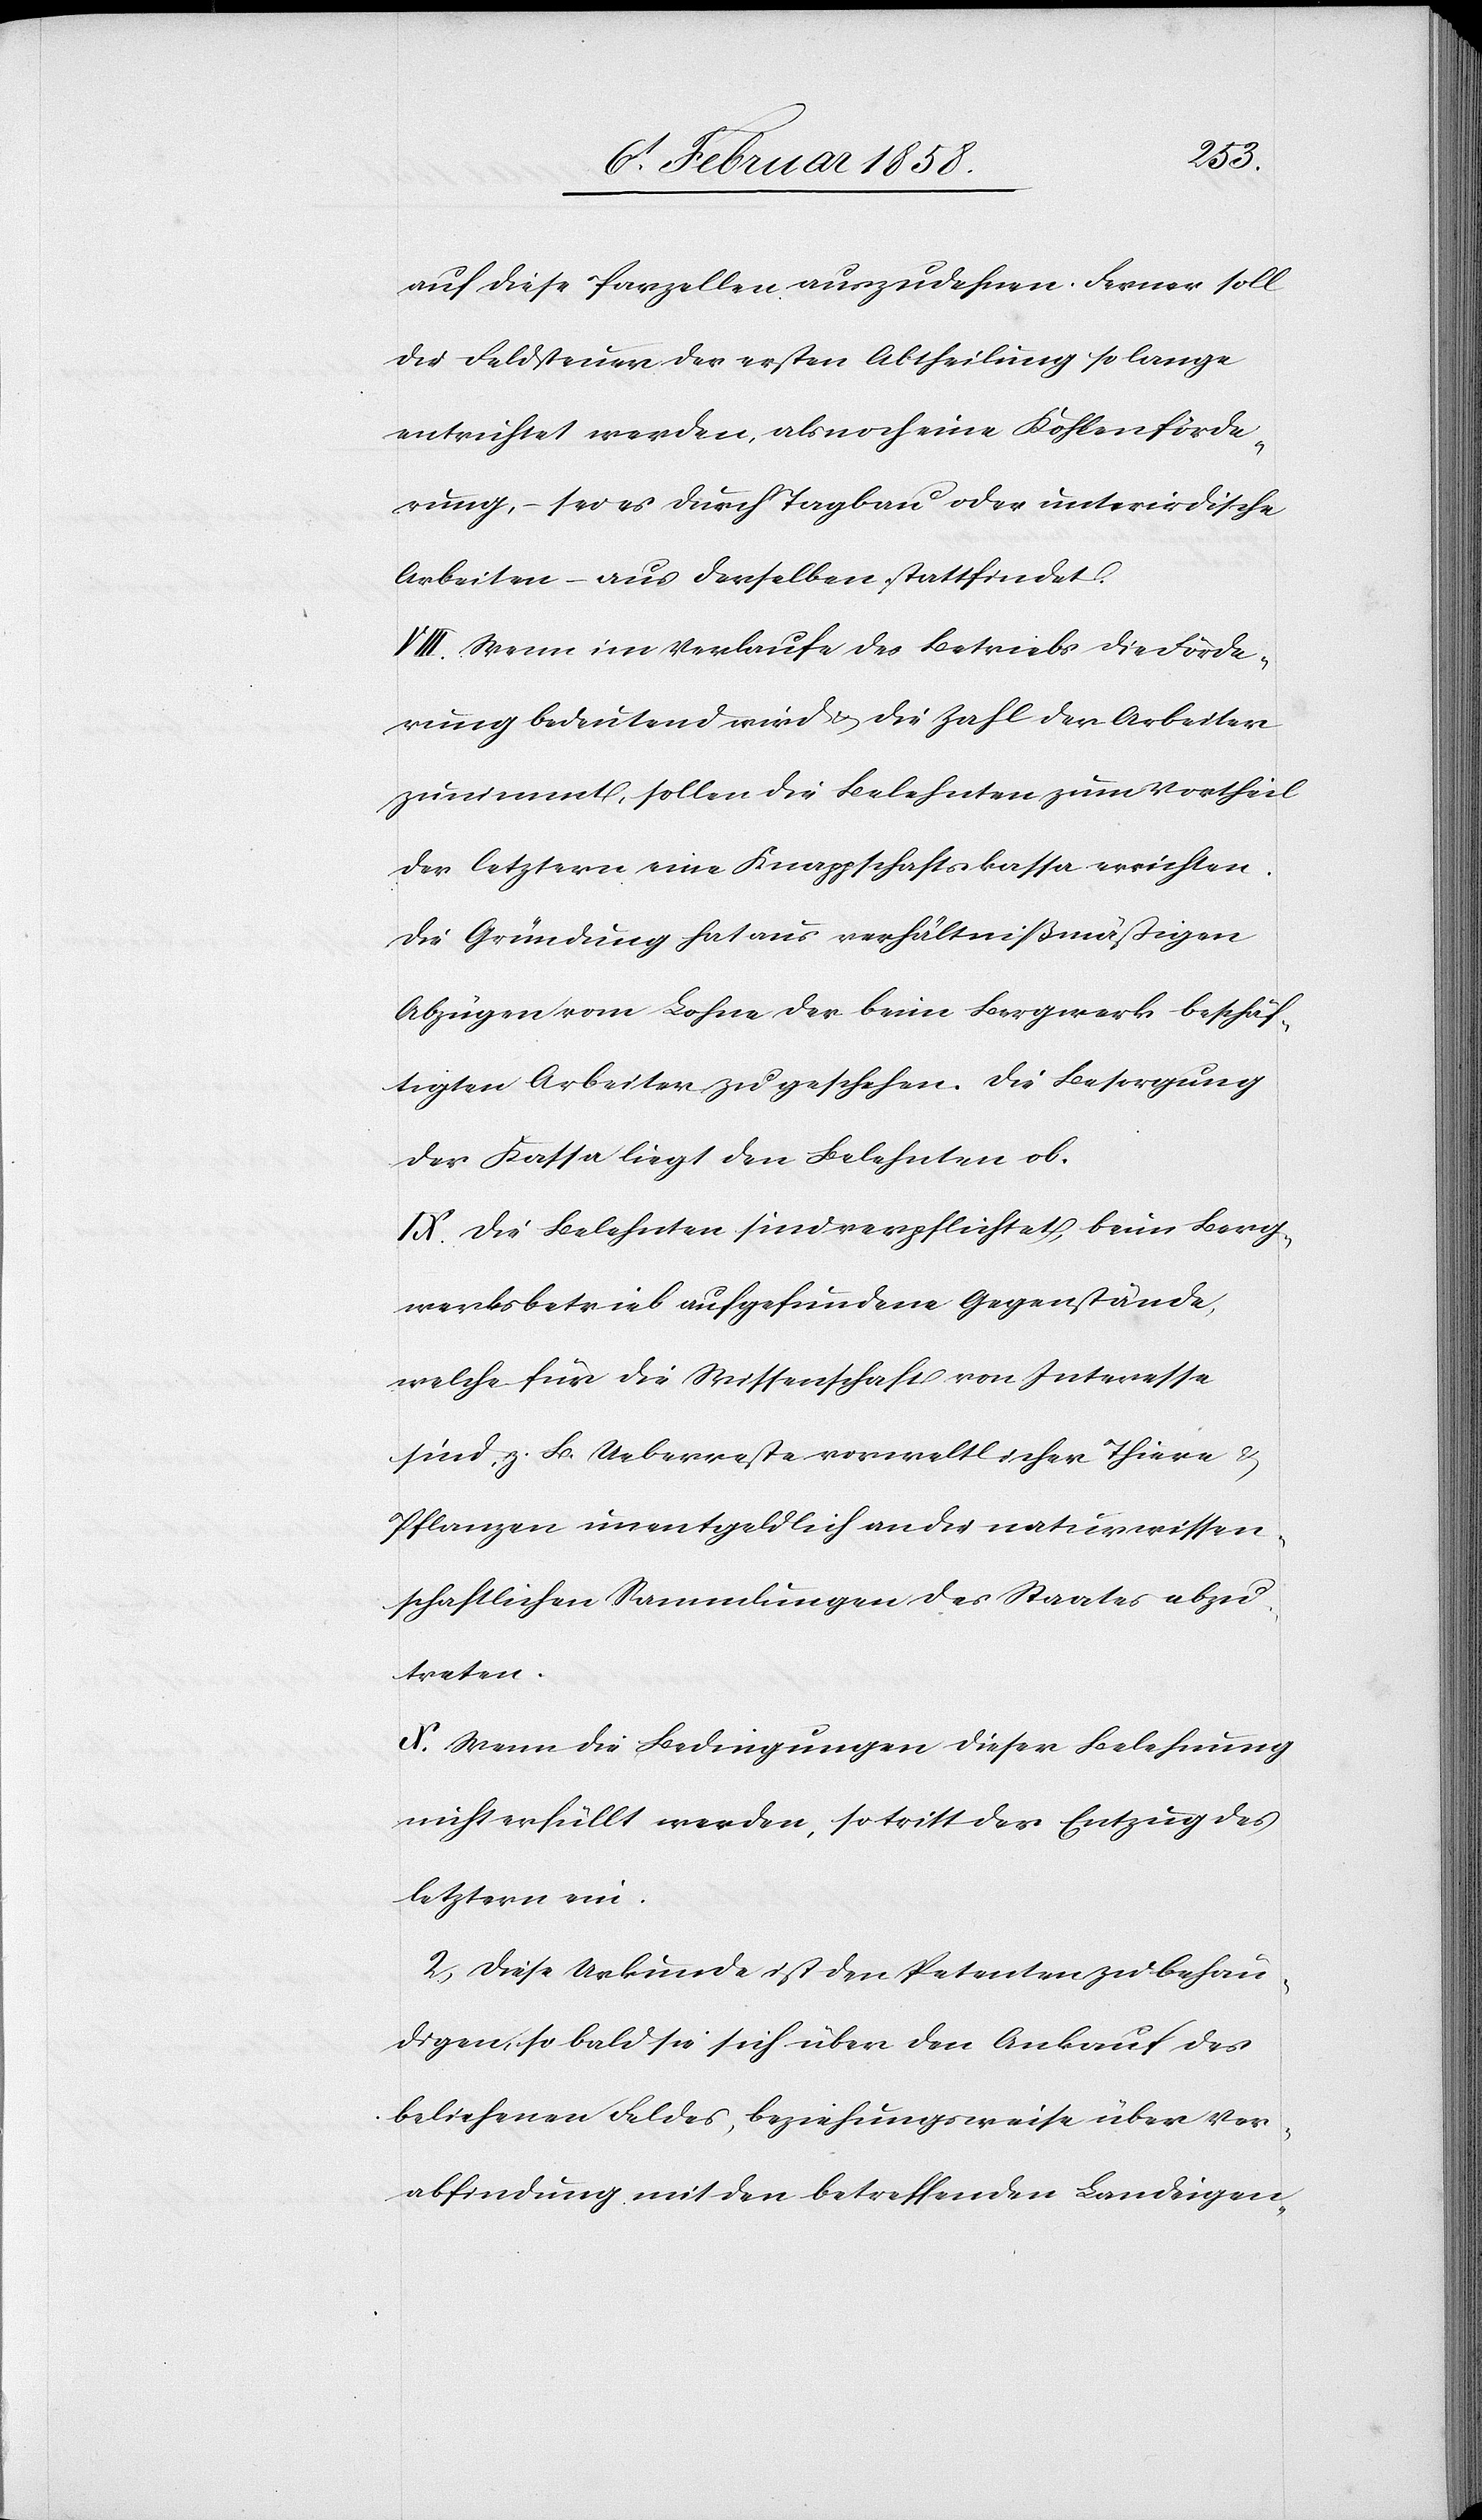
auf diese Parzellen auszudehnen. Ferner soll
die Feldsteuer der ersten Abtheilung so lange
entrichtet werden, als noch eine Kohlenförde¬
rung, – sei es durch Tagbau oder unterirdische
Arbeiten – aus derselben stattfindet.
VIII. Wenn im Verlaufe des Betriebs die Förde¬
rung bedeutend wird u. die Zahl der Arbeiter
zunimmt, sollen die Belehnten zum Vortheil
der letztern eine Knappschaftskassa errichten.
Die Gründung hat aus verhältnißmäßigen
Abzügen vom Lohne der beim Bergwerk beschäf¬
tigten Arbeiter zu geschehen. Die Besorgung
der Kasse liegt den Belehnten ob.
IX. Die Belehnten sind verpflichtet, beim Berg¬
werksbetrieb aufgefundene Gegenstände,
welche für die Wissenschaft von Interesse
sind, z. B. Ueberreste vorweltlicher Thiere &
Pflanzen unentgeldlich an die naturwissen¬
schaftlichen Sammlungen des Staates abzu¬
treten.
X. Wenn die Bedingungen dieser Belehnung
nicht erfüllt werden, so tritt der Entzug des
letztern ein.
2. Diese Urkunde ist den Petenten zu behän¬
digen, so bald sie sich über den Ankauf des
beliehenen Feldes, beziehungsweise über Ver¬
abfindung mit den betreffenden Landeigen-